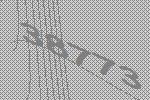
38773